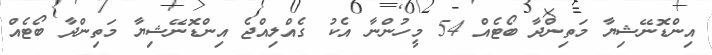
އިންޑޮނޭޝިޔާ މަތިންދާ ބޯޓެއް 54 މީހުންނާ އެކު ގެއްލިއްޖެ އިންޑޮނޭޝިޔާ މަތިންދާ ބޯޓެއް